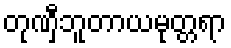
တုဏှီဘူတာယမုတ္တရာ